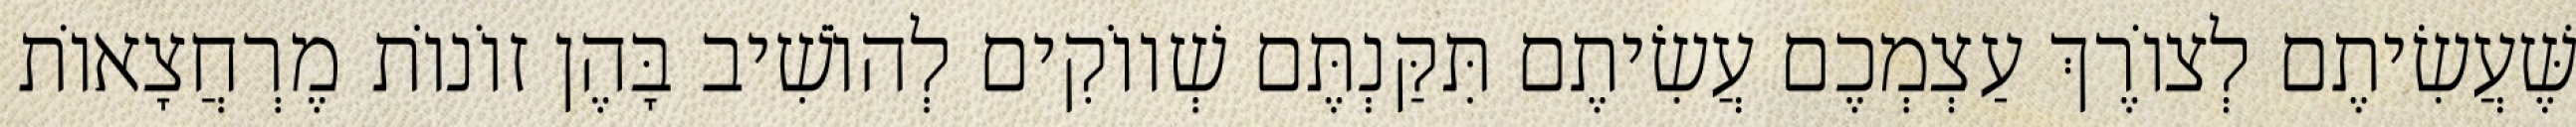
שֶּׁעֲשִׂיתֶם לְצוֹרֶךְ עַצְמְכֶם עֲשִׂיתֶם תִּקַּנְתֶּם שְׁווֹקִים לְהוֹשִׁיב בָּהֶן זוֹנוֹת מֶרְחֲצָאוֹת